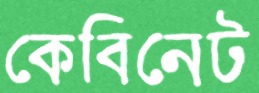
কেবিনেট